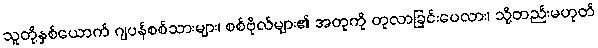
သူတို့နှစ်ယောက် ဂျပန်စစ်သားများ၊ စစ်ဗိုလ်များ၏ အတုကို တုလာခြင်းပေလား၊ သို့တည်းမဟုတ်